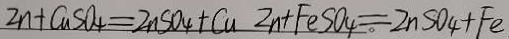
2 n + C u S O _ { 4 } = Z n S O _ { 4 } + C u 2 n + F e S O _ { 4 } = Z n S O _ { 4 } + F e